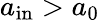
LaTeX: a_{\mathrm{in}}>a_{0}